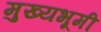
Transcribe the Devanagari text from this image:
मुख्यभूमी